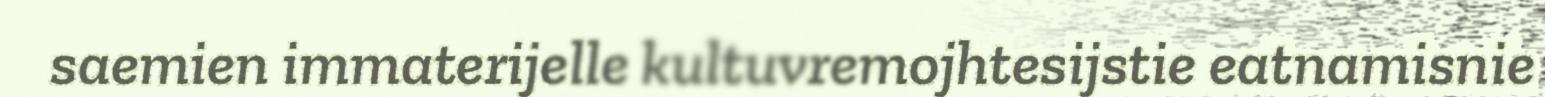
saemien immaterijelle kultuvremojhtesijstie eatnamisnie